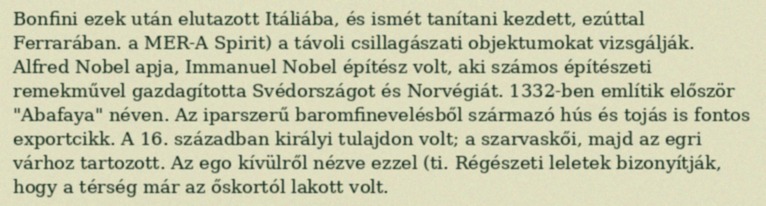
Bonfini ezek után elutazott Itáliába, és ismét tanítani kezdett, ezúttal Ferrarában. a MER-A Spirit) a távoli csillagászati objektumokat vizsgálják. Alfred Nobel apja, Immanuel Nobel építész volt, aki számos építészeti remekművel gazdagította Svédországot és Norvégiát. 1332-ben említik először "Abafaya" néven. Az iparszerű baromfinevelésből származó hús és tojás is fontos exportcikk. A 16. században királyi tulajdon volt; a szarvaskői, majd az egri várhoz tartozott. Az ego kívülről nézve ezzel (ti. Régészeti leletek bizonyítják, hogy a térség már az őskortól lakott volt.